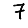
Digit: 7